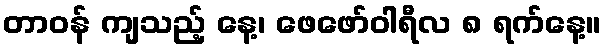
တာဝန် ကျသည့် နေ့၊ ဖေဖော်ဝါရီလ ၈ ရက်နေ့။